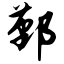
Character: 鄞